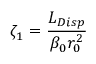
\zeta _ { 1 } = \frac { L _ { D i s p } } { \beta _ { 0 } r _ { 0 } ^ { 2 } }